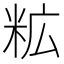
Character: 𮇋